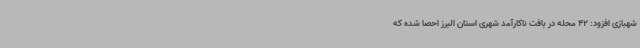
شهبازی افزود: 42 محله در بافت ناکارآمد شهری استان البرز احصا شده که